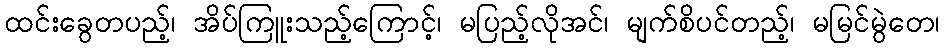
ထင်းခွေတပည့်၊ အိပ်ကြူးသည့်ကြောင့်၊ မပြည့်လိုအင်၊ မျက်စိပင်တည့်၊ မမြင်မွဲတေ၊